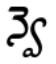
న్వె